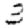
Digit: 3